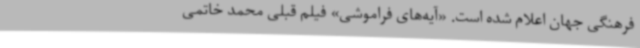
فرهنگی جهان اعلام شده است. «آیه‌های فراموشی» فیلم قبلی محمد خاتمی